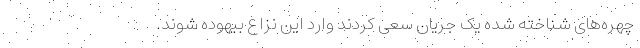
چهره‌های شناخته شده یک جریان سعی کردند وارد این نزاع بیهوده شوند.